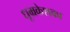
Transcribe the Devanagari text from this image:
धूम्रकेशका